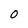
Character: 0